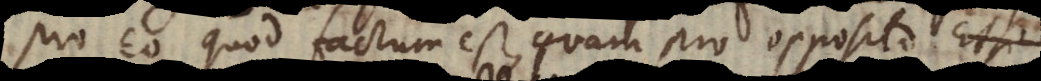
pro eo quod factum est quam pro opposito. Etsi